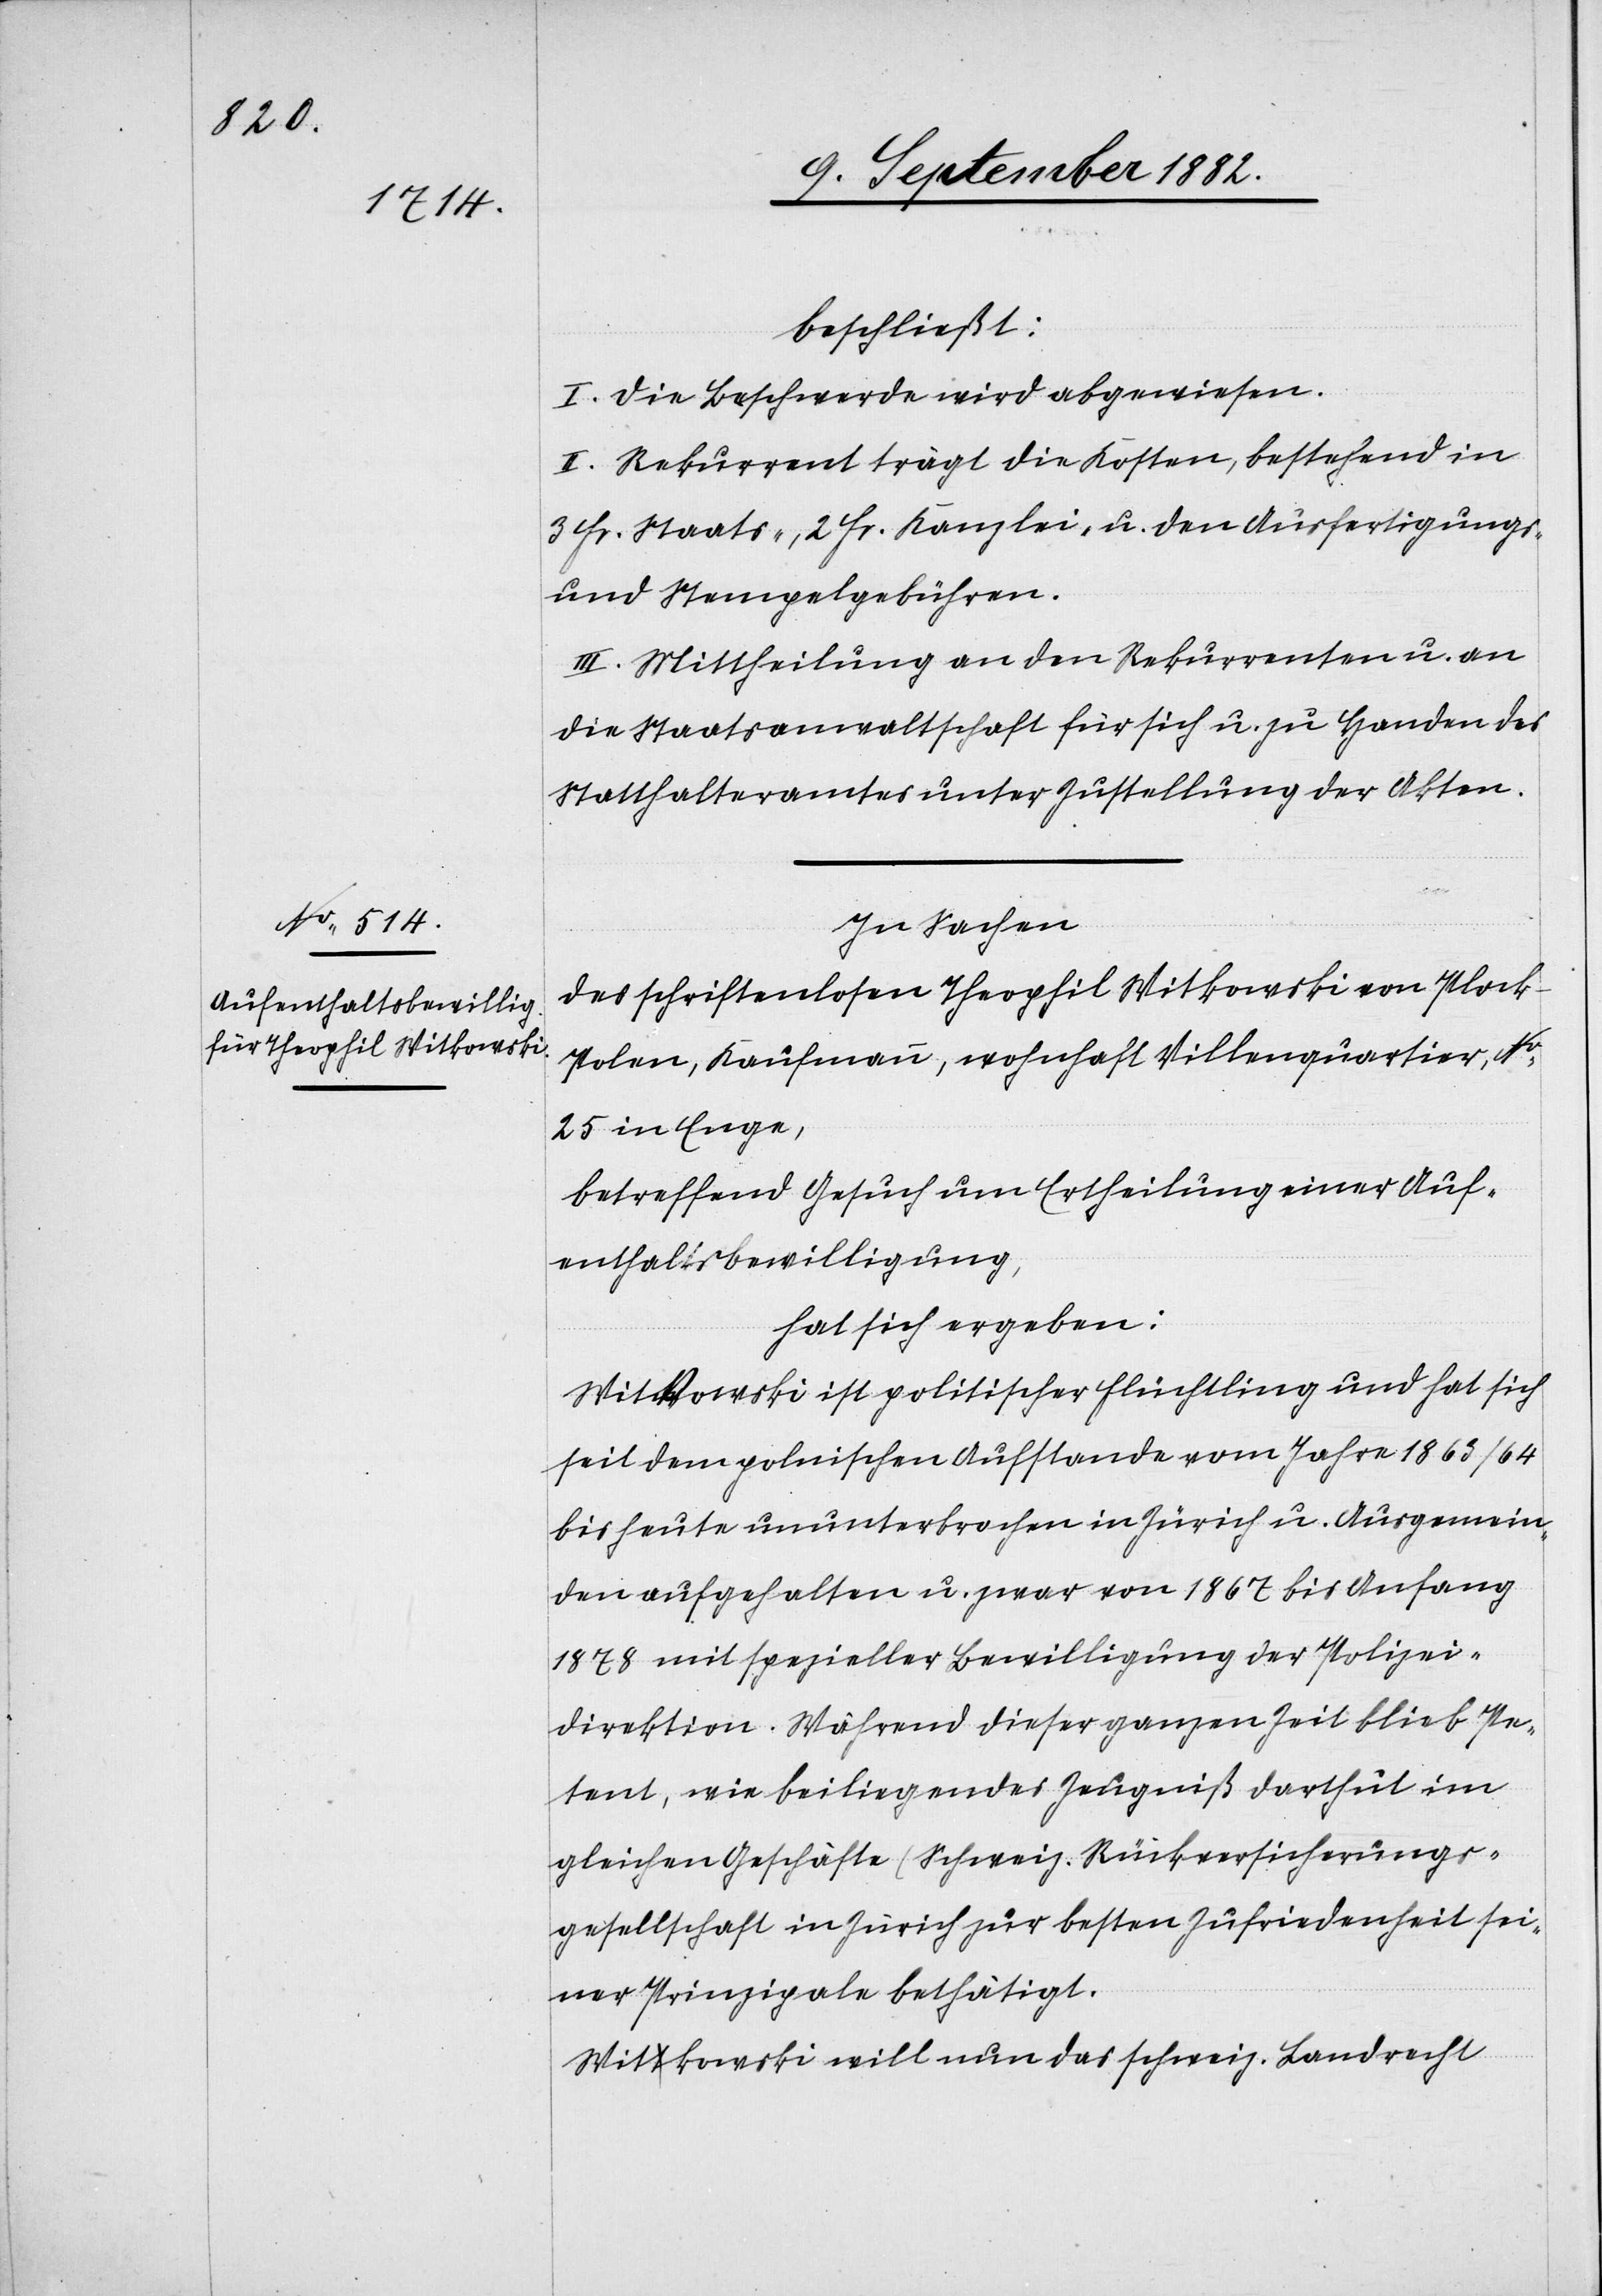
beschließt:
I. Die Beschwerde wird abgewiesen.
II. Rekurrent trägt die Kosten, bestehend in
3 Fr. Staats-, 2 Fr. Kanzlei- u. den Ausfertigungs-
und Stempelgebühren.
III. Mittheilung an den Rekurrenten u. an
die Staatsanwaltschaft für sich u. zu Handen des
Statthalteramtes unter Zustellung der Akten.
In Sachen:
des schriftenlosen Theophil Witkowski von Lock
Polen, Kaufmann, wohnhaft Villenquartier, No
25 in Enge,
betreffend Gesuch um Ertheilung einer Auf¬
enthaltsbewilligung,
hat sich ergeben:
Witkowski ist politischer Flüchtling und hat sich
seit dem polnischen Aufstande vom Jahre 1863/64
bis heute ununterbrochen in Zürich u. Ausgemein¬
den aufgehalten u. zwar von 1867 bis Anfang
1878 mit spezieller Bewilligung der Polizei¬
direktion. Während dieser ganzen Zeit blieb Pe¬
tent, wie beiliegendes Zeugniß darthut, im
gleichen Geschäfte (Schweiz. Rückversicherungs¬
gesellschaft in Zürich) zur besten Zufriedenheit sei¬
ner Prinzipale bethätigt.
Witkowski will nun das schweiz. Landrecht